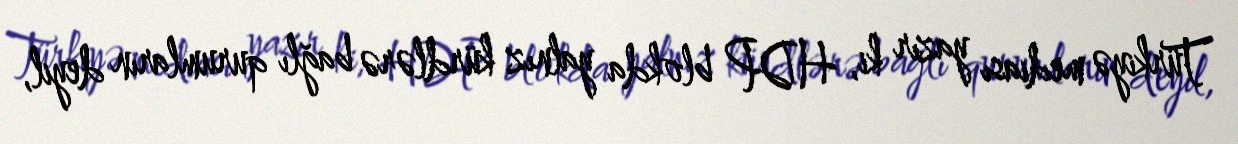
Türkiyə mediası yazır ki, HDP blokda yalnız kürdlərə bağlı qurumların deyil,